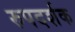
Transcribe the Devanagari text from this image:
रुपदर्शक